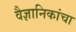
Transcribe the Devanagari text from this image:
वैज्ञानिकांचा